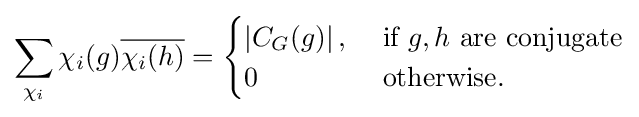
\sum _{\chi _{i}}\chi _{i}(g){\overline {\chi _{i}(h)}}={\begin{cases}\left|C_{G}(g)\right|,&{\mbox{ if }}g,h{\mbox{ are conjugate}}\\0&{\mbox{ otherwise.}}\end{cases}}